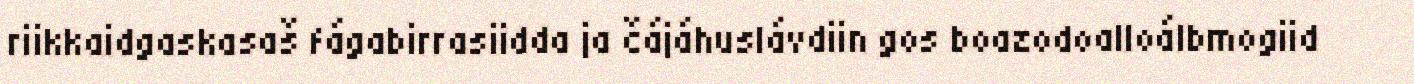
riikkaidgaskasaš fágabirrasiidda ja čájáhuslávdiin gos boazodoalloálbmogiid